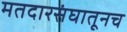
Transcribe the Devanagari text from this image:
मतदारसंघातूनच